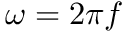
\omega = 2 \pi f